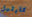
كارليل